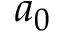
a _ { 0 }